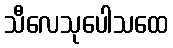
သီလေသုပေါသထေ